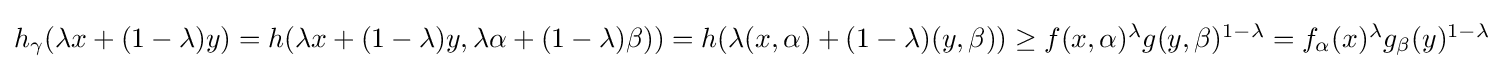
{\textstyle h_{\gamma }(\lambda x+(1-\lambda )y)=h(\lambda x+(1-\lambda )y,\lambda \alpha +(1-\lambda )\beta ))=h(\lambda (x,\alpha )+(1-\lambda )(y,\beta ))\geq f(x,\alpha )^{\lambda }g(y,\beta )^{1-\lambda }=f_{\alpha }(x)^{\lambda }g_{\beta }(y)^{1-\lambda }}